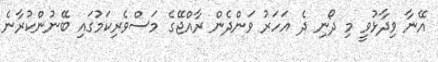
އޭނާ ވިދާޅުވީ މި ދޯނި ދެ އަހަރު ވަންދެން ރާއްޖޭގެ މަސްވެރިކަމުގައި ބޭނުންކުރާނެ